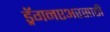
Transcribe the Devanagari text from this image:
ड्रॅगनएअरसाठी